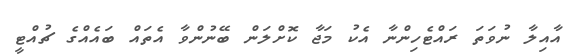
އާއިލާ ނުވަތަ ރައްޓެހިންނާ އެކު މަޖާ ކޮށްލަން ބޭނުންވާ އެތައް ބައެއްގެ ޗުއްޓީ